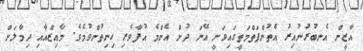
އާޒީން އެނބުރުނުއިރު އެތުންފަތްމަތީގައިވަނީ އޭނަ ދުށް އެންމެ އުފާވެރި ހިނިތުންވުމެވެ. މާއިޒްއާއި ދިމާލަށް